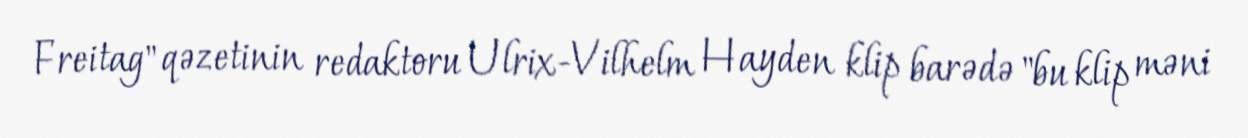
Freitag" qəzetinin redaktoru Ulrix-Vilhelm Hayden klip barədə "bu klip məni